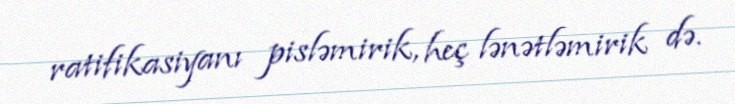
ratifikasiyanı pisləmirik, heç lənətləmirik də.